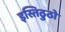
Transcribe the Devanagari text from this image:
इस्तिठुठो